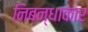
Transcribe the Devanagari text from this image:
निबन्धाकार